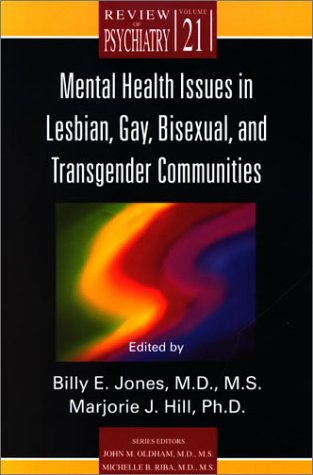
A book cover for Mental Health Issues in Lesbian, Gay, Bisexual, and Transgender Communities (Review of Psychiatry); Billy E. Jones; Gay & Lesbian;